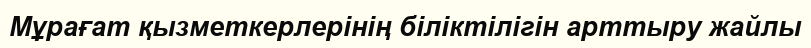
Мұрағат қызметкерлерінің біліктілігін арттыру жайлы